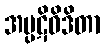
အပ္ပဋိဝိဒိတာ